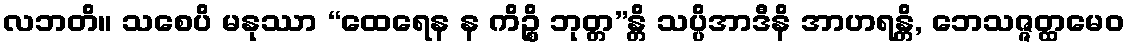
လဘတိ။ သစေပိ မနုဿာ “ထေရေန န ကိဉ္စိ ဘုတ္တ”န္တိ သပ္ပိအာဒီနိ အာဟရန္တိ, ဘေသဇ္ဇတ္ထမေဝ